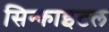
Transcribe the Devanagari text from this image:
सिन्काइटल